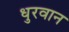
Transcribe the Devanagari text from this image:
धुरवान